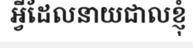
អ្វីដែលនាយជាលខ្ញុំ